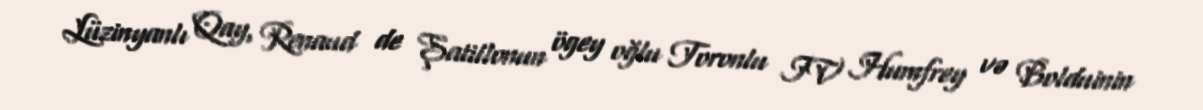
Lüzinyanlı Qay, Renaud de Şatillonun ögey oğlu Toronlu IV Humfrey və Bolduinin